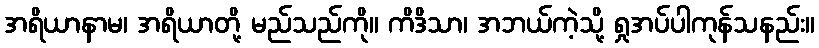
အရိယာနာမ၊ အရိယာတို့ မည်သည်ကို။ ကိဒိသာ၊ အဘယ်ကဲ့သို့ ရှုအပ်ပါကုန်သနည်း။